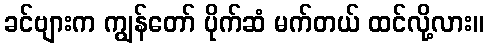
ခင်ဗျားက ကျွန်တော် ပိုက်ဆံ မက်တယ် ထင်လို့လား။